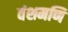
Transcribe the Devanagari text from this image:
वंशमणि